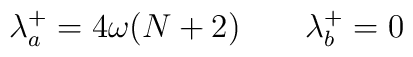
\lambda^+_a = 4\omega (N + 2) \qquad \lambda^+_b =  0